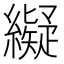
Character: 𦆦